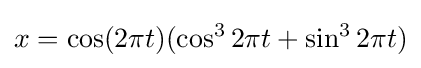
x=\cos(2\pi t)(\cos ^{3}2\pi t+\sin ^{3}2\pi t)